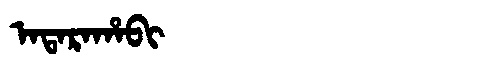
Manchu: ᠠᡨᠠᡵᠠᡥᠠᠪᡳ
Romanization: ATARAHABI